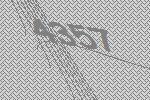
4357